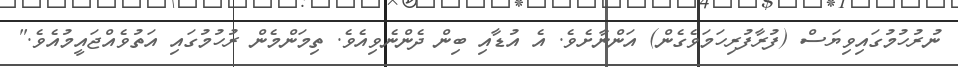
ނުރުހުމުގައިވިޔަސް (ފުރާފުރިހަމަވެގެން) އަންނާށެވެ. އެ އުޑާއި ބިން ދެންނެވިއެވެ. ތިމަންމެން ރުހުމުގައި އަތުވެއްޖައީމުއެވެ."